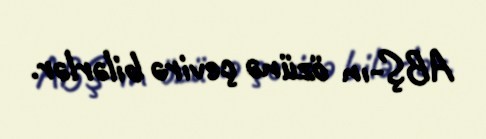
ABŞ-ın özünə çevirə bilərlər.